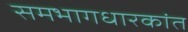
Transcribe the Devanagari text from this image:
समभागधारकांत